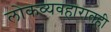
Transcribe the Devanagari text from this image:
लोकव्यवहारातही